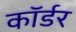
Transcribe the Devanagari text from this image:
कॉर्डर